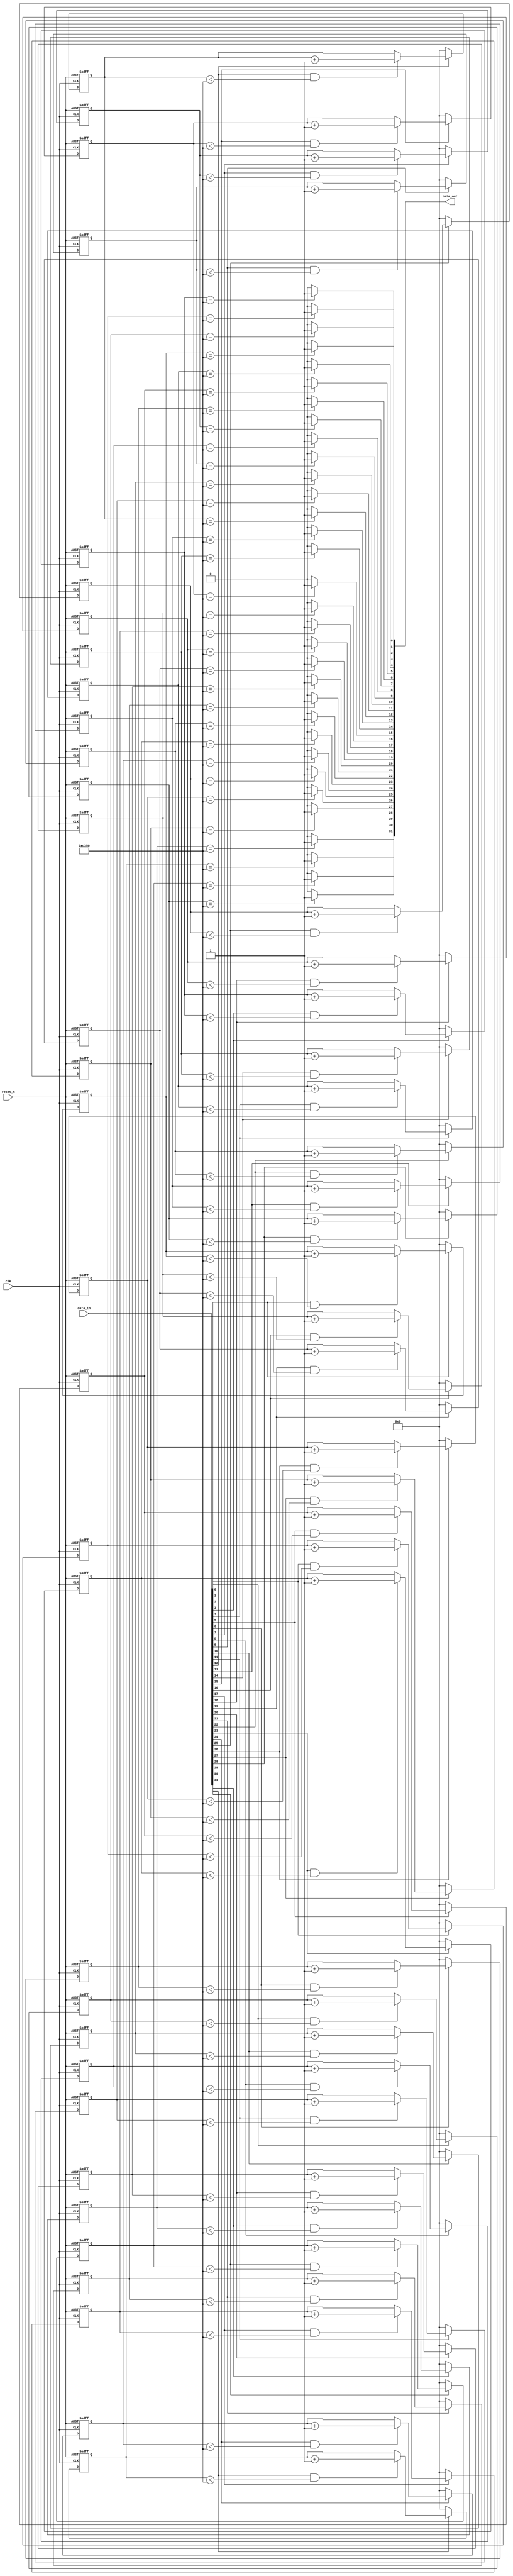
//****************************************************************************
//
// SPDX-License-Identifier: MIT-0
// Copyright(c) 2013-2020 Intel Corporation.
//
//****************************************************************************
//
// debouce
//
//****************************************************************************


module debounce (
  clk,
  reset_n,
  data_in,
  data_out
);

  parameter WIDTH = 32;           // set to be the width of the bus being debounced
  parameter POLARITY = "HIGH";    // set to be "HIGH" for active high debounce or "LOW" for active low debounce
  parameter TIMEOUT = 50000;      // number of input clock cycles the input signal needs to be in the active state
  parameter TIMEOUT_WIDTH = 16;   // set to be ceil(log2(TIMEOUT))
  
  input wire clk;
  input wire reset_n;
  
  input wire [WIDTH-1:0] data_in;
  output wire [WIDTH-1:0] data_out;
  
  reg [TIMEOUT_WIDTH-1:0] counter [0:WIDTH-1];
  wire counter_reset [0:WIDTH-1];
  wire counter_enable [0:WIDTH-1];
  
  // need one counter per input to debounce
  genvar i;
  generate for (i = 0; i < WIDTH; i = i+1)
  begin:  debounce_counter_loop
    always @ (posedge clk or negedge reset_n)
    begin
      if (reset_n == 0)
      begin
        counter[i] <= 0;
      end
      else
      begin
        if (counter_reset[i] == 1)  // resetting the counter needs to win
        begin
          counter[i] <= 0;
        end
        else if (counter_enable[i] == 1)
        begin
          counter[i] <= counter[i] + 1'b1;
        end
      end
    end
 
    if (POLARITY == "HIGH")
    begin
      assign counter_reset[i] = (data_in[i] == 0);
      assign counter_enable[i] = (data_in[i] == 1) & (counter[i] < TIMEOUT);
      assign data_out[i] = (counter[i] == TIMEOUT) ? 1'b1 : 1'b0;
    end
    else
    begin
      assign counter_reset[i] = (data_in[i] == 1);
      assign counter_enable[i] = (data_in[i] == 0) & (counter[i] < TIMEOUT);
      assign data_out[i] = (counter[i] == TIMEOUT) ? 1'b0 : 1'b1;    
    end
    
  end  
  endgenerate
  
endmodule